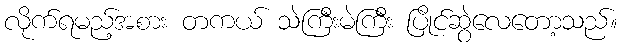
လိုက်ရမည့်အစား တကယ် သဲကြီးမဲကြီး ပြိုင်ဆွဲလေတော့သည်။